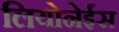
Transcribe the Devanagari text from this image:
लियोनेईस